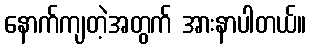
နောက်ကျတဲ့အတွက် အားနာပါတယ်။